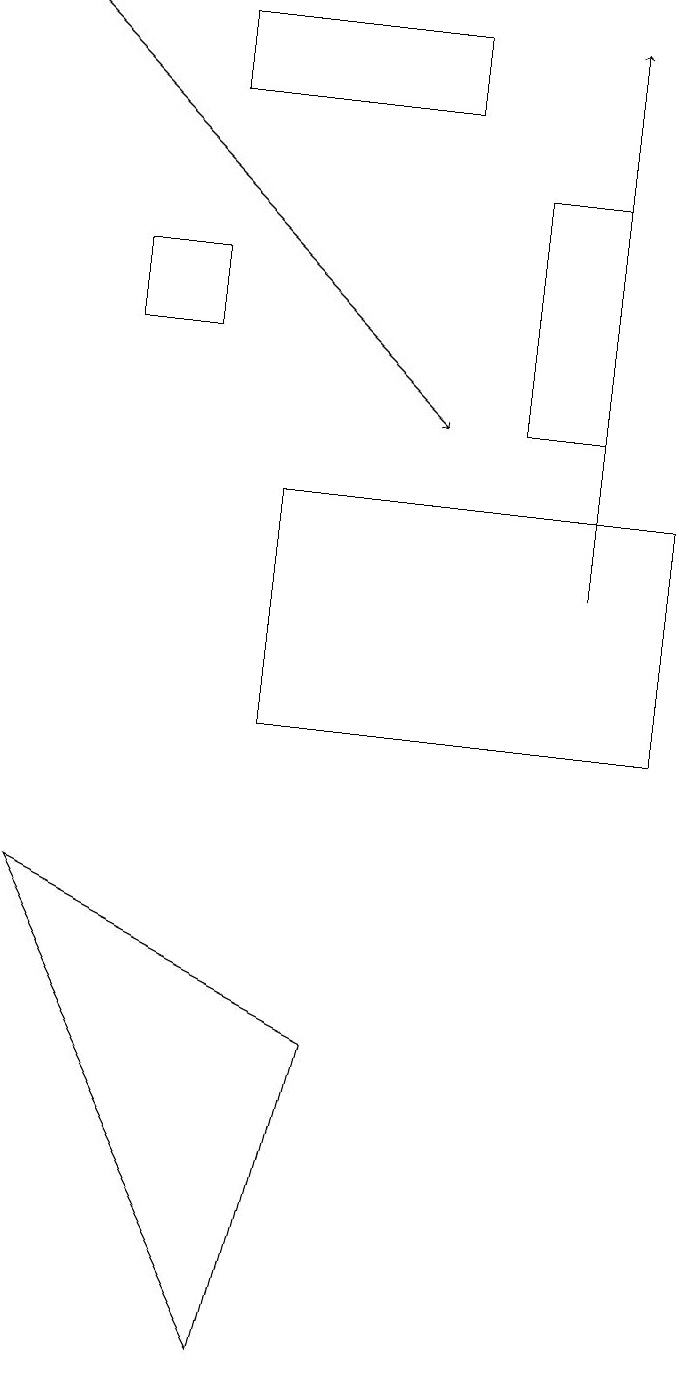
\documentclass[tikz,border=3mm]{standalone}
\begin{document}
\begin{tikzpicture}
\draw[->] (8,12) -- (8,19);
\draw[->] (1,19) -- (6,14);
\draw (9,13) rectangle (4,10);
\draw (8,17) rectangle (7,14);
\draw (6,18) rectangle (3,19);
\draw (3,15) rectangle (2,16);
\draw (4,2) -- (5,6) -- (1,8) -- cycle;
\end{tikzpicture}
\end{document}